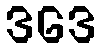
ဒဒေ